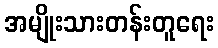
အမျိုးသားတန်းတူရေး